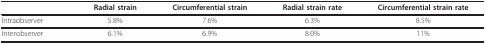
|  | Radial strain | Circumferential strain | Radial strain rate | Circumferential strain rate |
 | --- | --- | --- | --- | --- |
 | Intraobserver | 5.8% | 7.6% | 6.3% | 8.5% |
 | Interobserver | 6.1% | 6.9% | 8.0% | 11% |